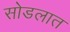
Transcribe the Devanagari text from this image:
सोडलात